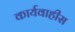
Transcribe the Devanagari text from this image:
कार्यवाहीस